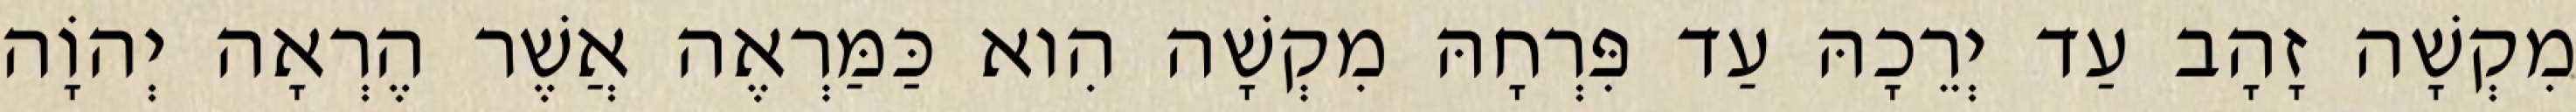
מִקְשָׁה זָהָב עַד יְרֵכָהּ עַד פִּרְחָהּ מִקְשָׁה הִוא כַּמַּרְאֶה אֲשֶׁר הֶרְאָה יְהוָֹה